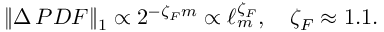
\| \Delta \, P D F \| _ { 1 } \propto 2 ^ { - \zeta _ { F } m } \propto \ell _ { m } ^ { \zeta _ { F } } , \quad \zeta _ { F } \approx 1 . 1 .